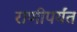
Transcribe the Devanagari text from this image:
राणीपर्यंत